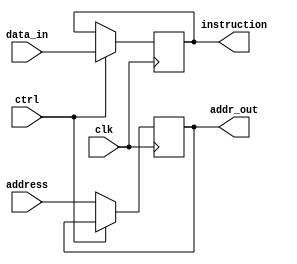
module memory (clk, ctrl, address, data_in, addr_out, instruction);
	input clk, ctrl;
	input [7:0] address; //input from CU
	input [7:0] data_in;//input from memory 
	output reg [7:0] addr_out = 0; //output to memory
	output reg [7:0] instruction = 0;//output to CU
		
	always @(posedge clk) begin
		//ctrl 0 = read; ctrl 1 = write;
		if(!ctrl)
			addr_out <= address;
		else
			instruction <= data_in;
	end
endmodule